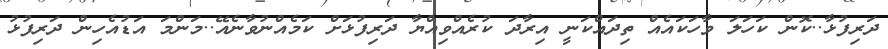
ދަރިފުޅާ..ކޮން ކަހަލަ ވާހަކައެއް ތިދައްކަނީ އިރާދަ ކުރެއްވިއްޔާ ދަރިފުޅަށް ކަމެއްނުވާނެއޭ..މަންމަ އަޑުއެހިން ދަރިފުޅު